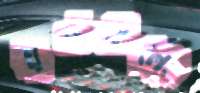
ধনগুলো